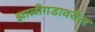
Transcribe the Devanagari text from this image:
झालीगडावरील